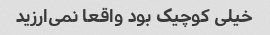
خیلی کوچیک بود واقعا نمی‌ارزید